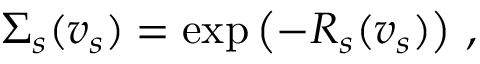
\Sigma _ { s } ( v _ { s } ) = \exp \left( - R _ { s } ( v _ { s } ) \right) \, ,